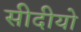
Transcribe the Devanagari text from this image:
सीदीयो